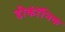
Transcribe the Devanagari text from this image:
डीकॉंनिक